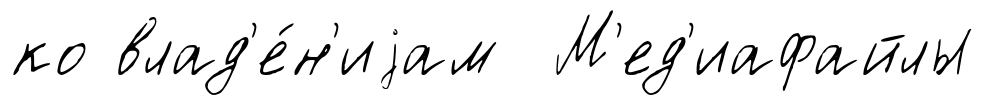
ко влад'е́н'иjам М'ед'иафайлы